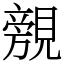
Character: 覫